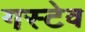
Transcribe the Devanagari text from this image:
गस्टेव